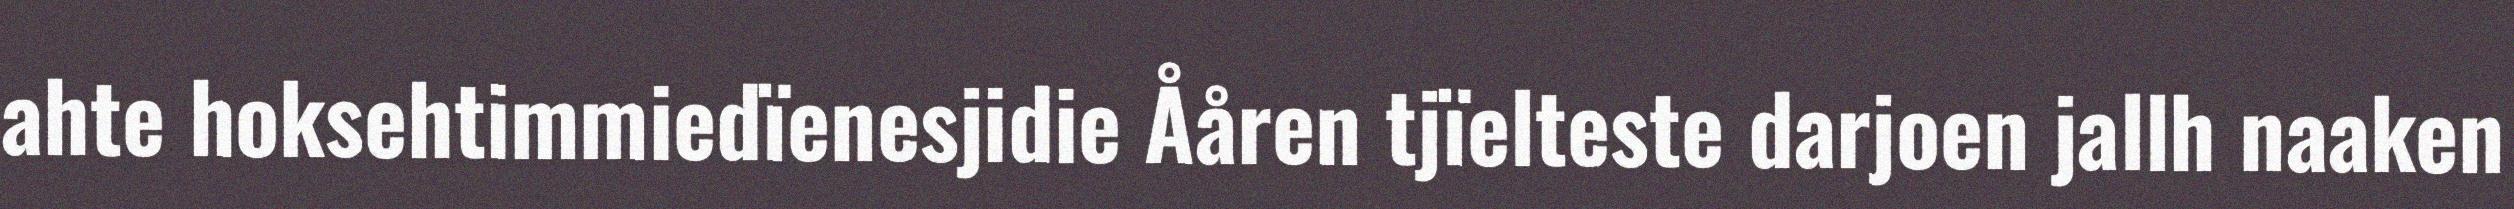
ahte hoksehtimmiedïenesjidie Ååren tjïelteste darjoen jallh naaken